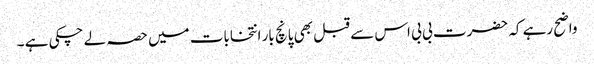
واضح رہے کہ حضرت بی بی اس سے قبل بھی پانچ بار انتخابات میں حصہ لے چکی ہے ۔